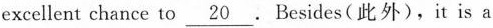
excellent chance to \underline{20} . Besides (此外), it is a